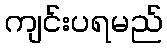
ကျင်းပရမည်